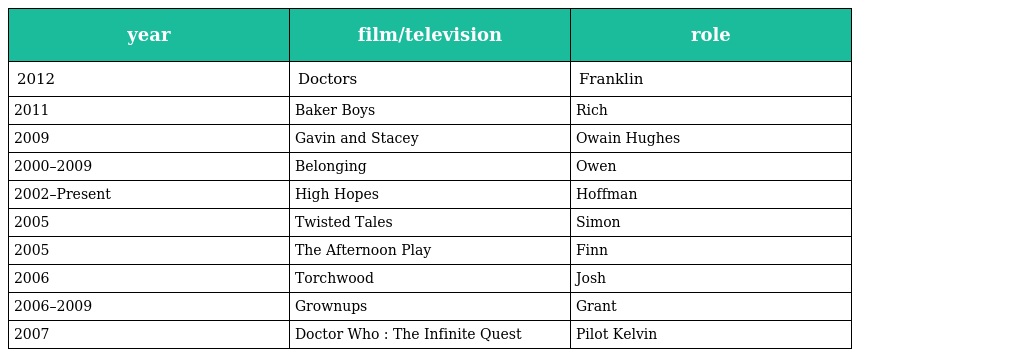
| year | film/television | role |
 | --- | --- | --- |
 | 2012 | Doctors | Franklin |
 | 2011 | Baker Boys | Rich |
 | 2009 | Gavin and Stacey | Owain Hughes |
 | 2000–2009 | Belonging | Owen |
 | 2002–Present | High Hopes | Hoffman |
 | 2005 | Twisted Tales | Simon |
 | 2005 | The Afternoon Play | Finn |
 | 2006 | Torchwood | Josh |
 | 2006–2009 | Grownups | Grant |
 | 2007 | Doctor Who : The Infinite Quest | Pilot Kelvin |